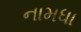
નામધા